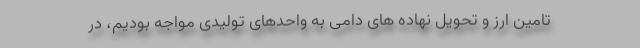
تامین ارز و تحویل نهاده های دامی به واحدهای تولیدی مواجه بودیم، در